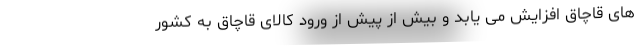
های قاچاق افزایش می یابد و بیش از پیش از ورود کالای قاچاق به کشور